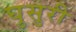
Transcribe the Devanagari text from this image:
घुसुरी